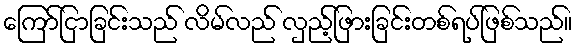
ကြော်ငြာခြင်းသည် လိမ်လည် လှည့်ဖြားခြင်းတစ်ရပ်ဖြစ်သည်။